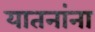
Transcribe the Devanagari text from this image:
यातनांना